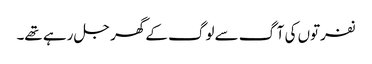
نفرتوں کی آگ سے لوگ کے گھر جل رہے تھے۔